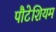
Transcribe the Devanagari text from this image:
पौटेशियम